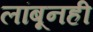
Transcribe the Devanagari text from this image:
लांबूनही